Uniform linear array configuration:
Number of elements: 8
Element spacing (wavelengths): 1
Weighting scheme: hann
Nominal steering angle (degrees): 0
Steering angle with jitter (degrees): -1.769
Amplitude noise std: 0.05
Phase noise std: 0.05

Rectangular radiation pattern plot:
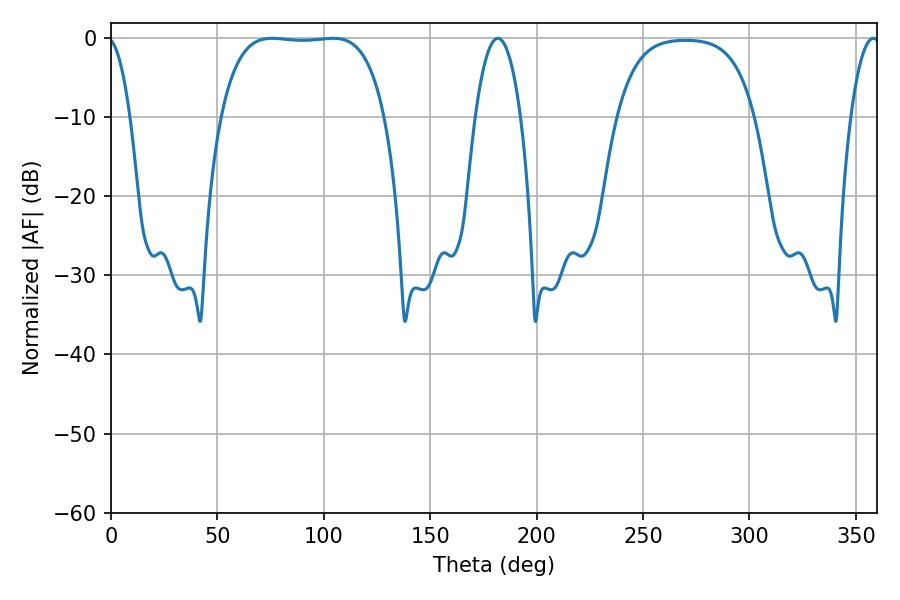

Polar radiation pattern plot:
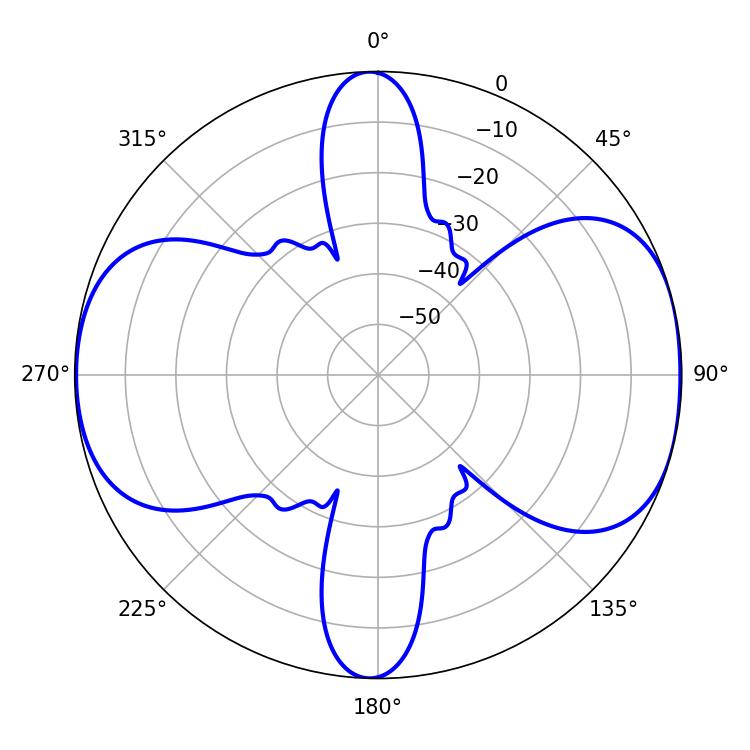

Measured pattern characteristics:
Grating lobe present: TRUE
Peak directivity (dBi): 8.908
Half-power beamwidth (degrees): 11.88
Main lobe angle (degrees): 181.8